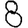
Digit: 8